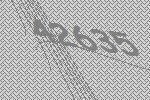
42635